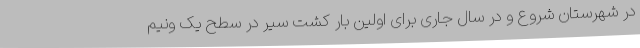
در شهرستان شروع و در سال جاری برای اولین بار کشت سیر در سطح یک ونیم